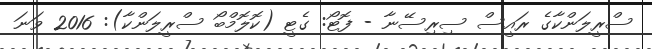
ސްރީލަންކާގެ ރައީސް ސިރިސޭނާ - ފޮޓޯ: ގެޓީ (ކޮލޮމްބޯ ސްރީލަންކާ): 2016 ވަނަ